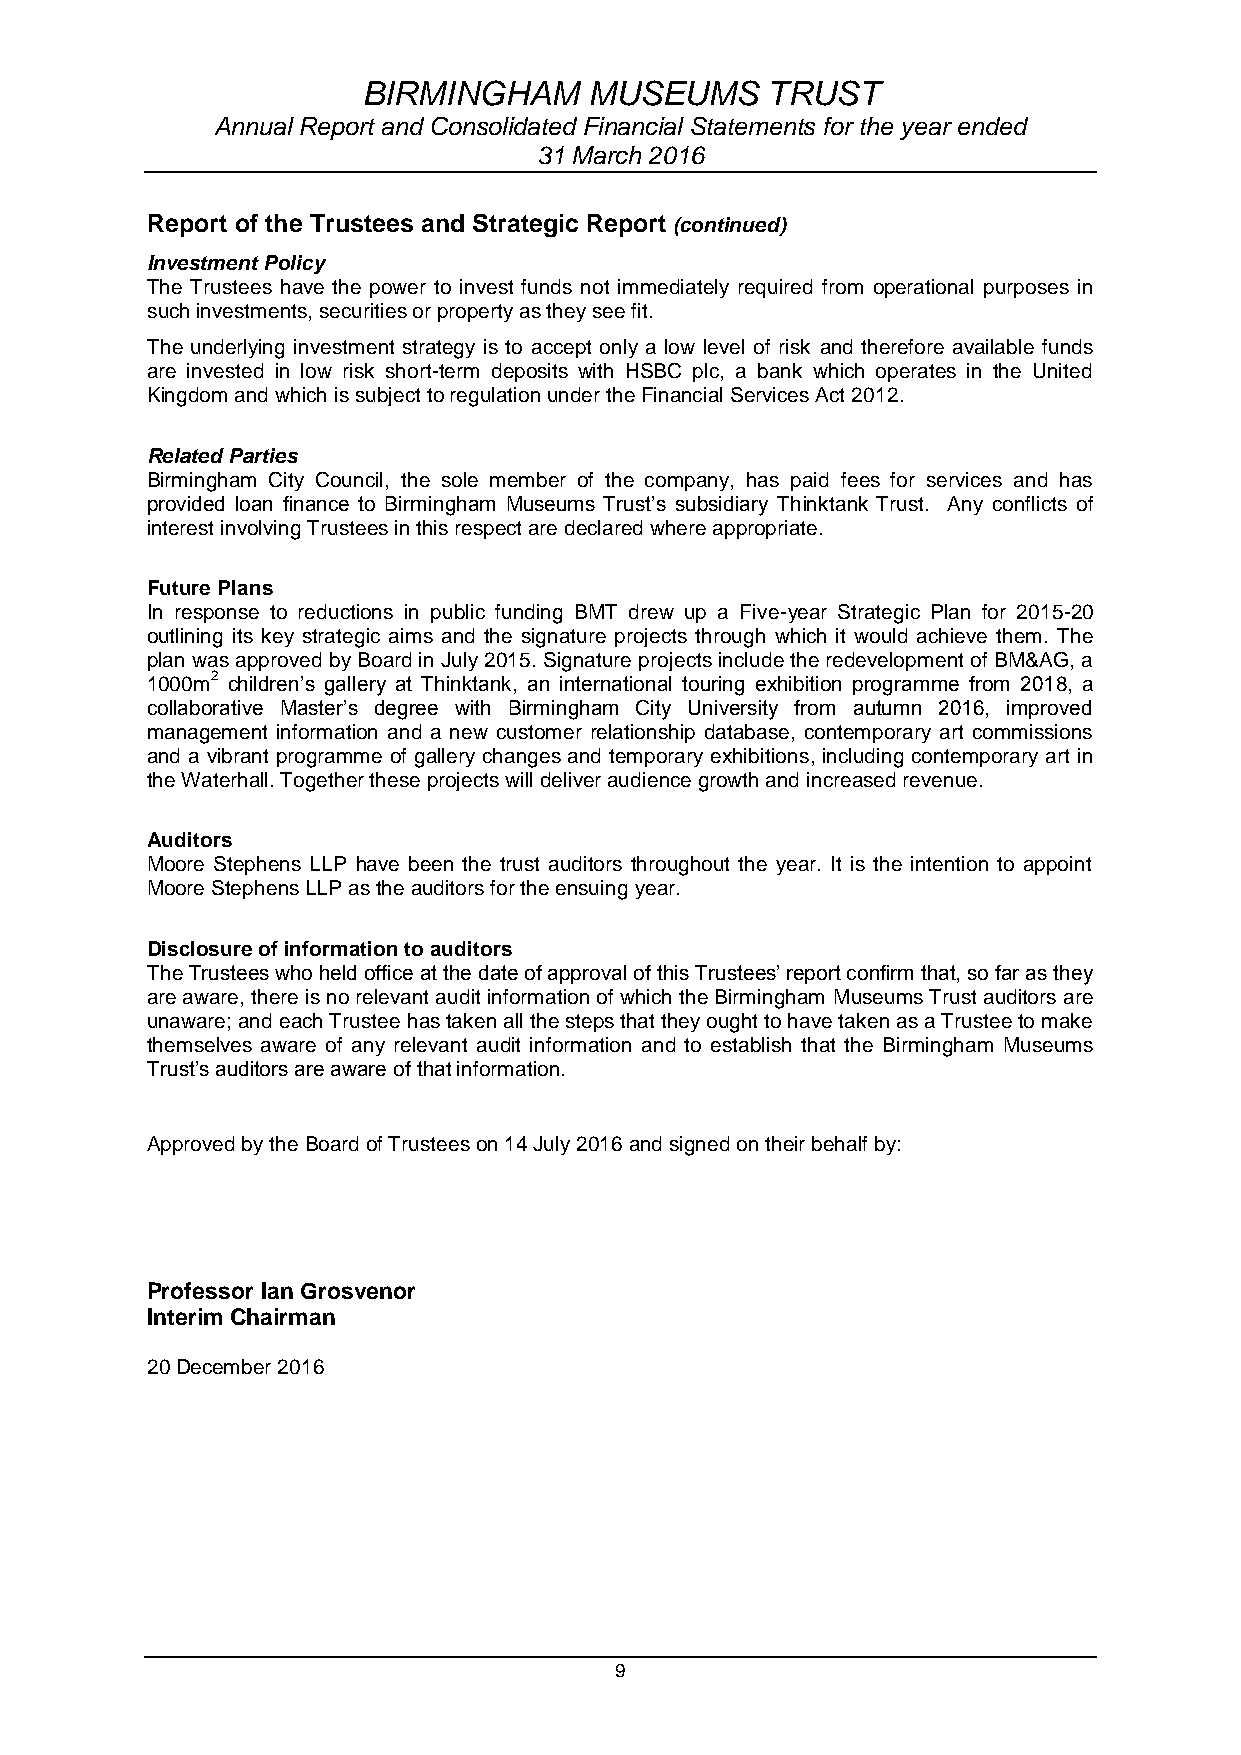
BIRMINGHAM     MUSEUMS     TRUST
 Annual Report and Consolidated Financial Statements for the year ended
 31 March 2016
 Report of the Trustees and Strategic Report (continued)
 Investment Policy
 The Trustees have the power to invest funds not immediately required from operational purposes in
 such investments, securities or property as they see fit.
 The underlying investment strategy is to accept only a low level of risk and therefore available funds
 are invested in low risk short-term deposits with HSBC plc, a bank which operates in the United
 Kingdom and which is subject to regulation under the Financial Services Act 2012.
 Related Parties
 Birmingham City Council, the sole member of the company, has paid fees for services and has
 provided loan finance to Birmingham Museums Trust’s subsidiary Thinktank Trust. Any conflicts of
 interest involving Trustees in this respect are declared where appropriate.
 Future Plans
 In response to reductions in public funding BMT drew up a Five-year Strategic Plan for 2015-20
 outlining its key strategic aims and the signature projects through which it would achieve them. The
 plan was approved by Board in July 2015. Signature projects include the redevelopment of BM&AG, a
 1000m2 children’s gallery at Thinktank, an international touring exhibition programme from 2018, a
 collaborative Master’s degree with Birmingham City University from autumn 2016, improved
 management information and a new customer relationship database, contemporary art commissions
 and a vibrant programme of gallery changes and temporary exhibitions, including contemporary art in
 the Waterhall. Together these projects will deliver audience growth and increased revenue.
 Auditors
 Moore Stephens LLP have been the trust auditors throughout the year. It is the intention to appoint
 Moore Stephens LLP as the auditors for the ensuing year.
 Disclosure of information to auditors
 The Trustees who held office at the date of approval of this Trustees’ report confirm that, so far as they
 are aware, there is no relevant audit information of which the Birmingham Museums Trust auditors are
 unaware; and each Trustee has taken all the steps that they ought to have taken as a Trustee to make
 themselves aware of any relevant audit information and to establish that the Birmingham Museums
 Trust’s auditors are aware of that information.
 Approved by the Board of Trustees on 14 July 2016 and signed on their behalf by:
 Professor Ian Grosvenor
 Interim Chairman
 20 December 2016
 9